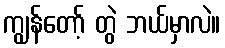
ကျွန်တော့် တွဲ ဘယ်မှာလဲ။